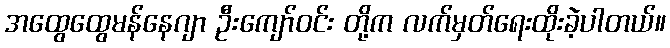
အထွေထွေမန်နေဂျာ ဦးကျော်ဝင်း တို့က လက်မှတ်ရေးထိုးခဲ့ပါတယ်။